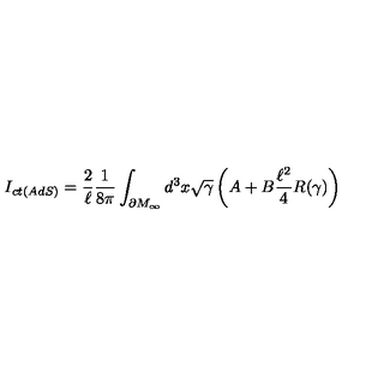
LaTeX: I _ { c t ( A d S ) } = \frac { 2 } { \ell } \frac { 1 } { 8 \pi } \int _ { \partial M _ { \infty } } d ^ { 3 } x \sqrt { \gamma } \left( A + B \frac { \ell ^ { 2 } } { 4 } R ( \gamma ) \right)